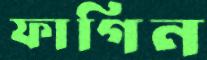
ফাগিন